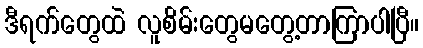
ဒီရက်တွေထဲ လူစိမ်းတွေမတွေ့တာကြာပါပြီ။